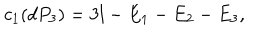
c _ { 1 } ( d P _ { 3 } ) = 3 l - E _ { 1 } - E _ { 2 } - E _ { 3 } ,